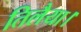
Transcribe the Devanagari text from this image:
तिलैया।